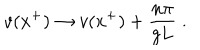
LaTeX: v ( x ^ { + } ) \rightarrow v ( x ^ { + } ) + { \frac { n \pi } { g L } } \; .